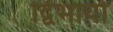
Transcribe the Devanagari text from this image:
द्विभार्या